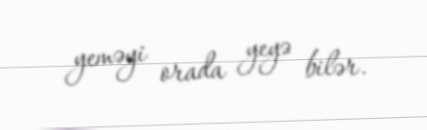
yeməyi orada yeyə bilər.